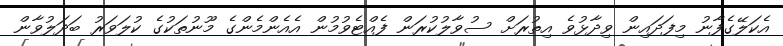
އެކަލޭގެފާނު މިފަދައިން ވިދާޅުވެ އިތުރަށް ސުވާލުކުރަން ފެއްޓެވުމުން އެއެންމެންގެ މޫނުތަކުގެ ކުލަވަރު ބަދަލުވާން